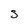
Character: S